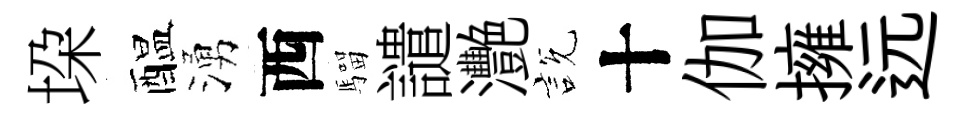
垜醖湧西騮譴灧説十伽擁远